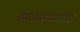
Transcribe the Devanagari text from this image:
राजमाताज्ज़